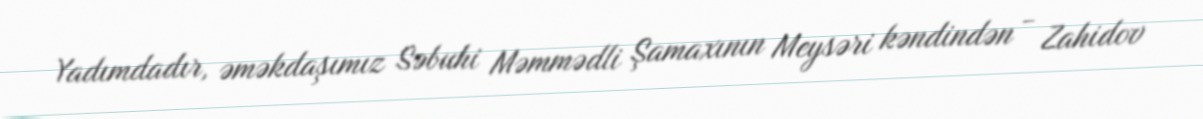
Yadımdadır, əməkdaşımız Səbuhi Məmmədli Şamaxının Meysəri kəndindən - Zahidov